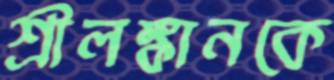
শ্রীলঙ্কানকে